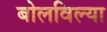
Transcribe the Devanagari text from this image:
बोलविल्या